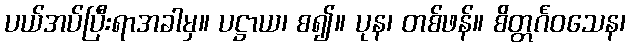
ပယ်အပ်ပြီးရာအခါမှ။ ပဋ္ဌာယ၊ စ၍။ ပုန၊ တစ်ဖန်။ စိတ္တင်္ဂဝသေန၊